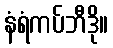
နံရံကပ်ဘီဒို။